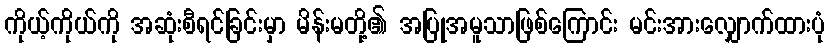
ကိုယ့်ကိုယ်ကို အဆုံးစီရင်ခြင်းမှာ မိန်းမတို့၏ အပြုအမူသာဖြစ်ကြောင်း မင်းအားလျှောက်ထားပုံ